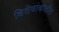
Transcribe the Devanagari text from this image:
विशेषांकातील